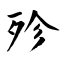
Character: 殄